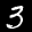
Label: 3